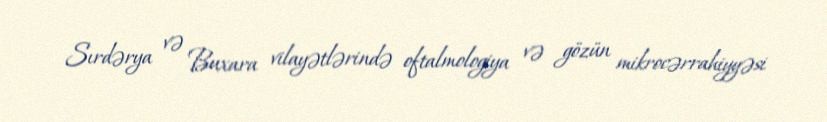
Sırdərya və Buxara vilayətlərində oftalmologiya və gözün mikrocərrahiyyəsi